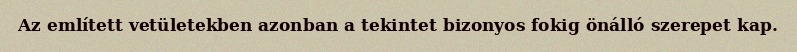
Az említett vetületekben azonban a tekintet bizonyos fokig önálló szerepet kap.